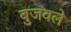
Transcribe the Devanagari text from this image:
बुजवले